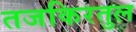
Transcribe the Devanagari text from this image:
तजकिरतुल